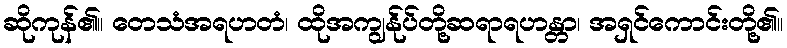
ဆိုကုန်၏။ တေသံအရဟတံ၊ ထိုအကျွန်ုပ်တို့ဆရာရဟန္တာ၊ အရှင်ကောင်းတို့၏။